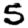
Digit: 5